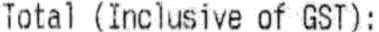
TOTAL (INCLUSIVE OF GST) :